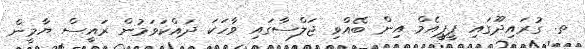
ތ. ގުރައިދޫގައި ޕީޕީއެމް އިން ބޭއްވި ޖަލްސާގައި ވާހަކަ ދައްކަވަމުން ރައީސް ޔާމީން